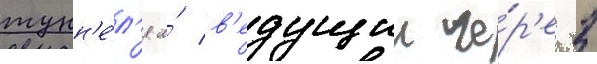
тунн'е́л'я и́ в'едущии че́р'ез